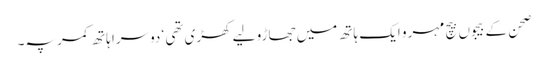
صحن کے بیجوں بیچ مہرو ایک ہاتھ میں جھاڑو لیے کھڑی تھی ‘ دوسرا ہاتھ کمر پہ۔